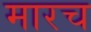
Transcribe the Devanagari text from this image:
मारच